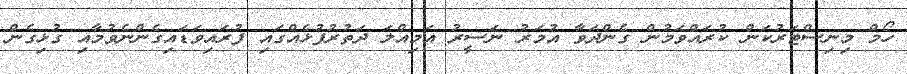
ހޯމް މިނިސްޓަރުކަން ކުރައްވަމުން ގެންދަވާ އުމަރު ނަސީރު އަމިއްލަ ދަތުރުފުޅެއްގައި ފުރައިވަޑައިގެންނެވުމާއި ގުޅިގެން